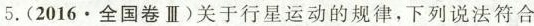
5.(2016\cdot 全国卷Ⅲ)关于行星运动的规律，下列说法符合